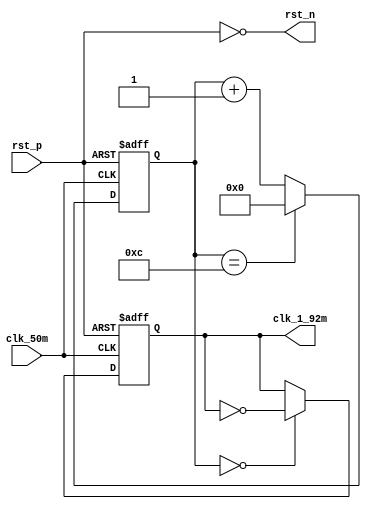
// ************************************************************** 
// COPYRIGHT, Xi'an XDU Radio-frequency IC Co.,Ltd 
// All rights reserved. 
// 
// IP LIB INDEX : IP lib index just sa UTOPIA_B 
// IP Name      : OPTIM
//
// Module name  : CLK_GEN
// Full name    : Clock Generator Unit 
// 
// Email        : 
// Data         : 2013/04/28
// Version      : V1.0 
// 
// Abstract     : 
// Called by    : RFID_TOP
// 
// Modification history 
// ---------------------------------------- 
//
// $Log$ 
// 
// ************************************************************** 

`timescale 1ns/1ns
`define UDLY #0

module CLK_GEN(
                //inputs
                clk_50m,
                rst_p,
                
                //outputs
				clk_1_92m,
				rst_n
				
				);
            
    //inputs
    input           clk_50m;
    input           rst_p;
	 
    //outputs
    output          clk_1_92m;
    output          rst_n;
    
    //regs
    // reg             clk_10m;
    reg             clk_1_92m;
    reg    [7:0]    m1_92_cnt;
    // reg    [2:0]    m10_cnt;
	
	wire            rst_n;
    
	assign rst_n=~rst_p;
	
	
    //********************************************************//
    //clk_1_92m
    
    always @(posedge clk_50m or negedge rst_n)
    begin
       if(!rst_n)
           m1_92_cnt<=`UDLY 8'd0;
       else if(m1_92_cnt==8'd12)
           m1_92_cnt<=`UDLY 8'd0;
       else
           m1_92_cnt<=`UDLY m1_92_cnt+1'b1;
    end
    
    always @(negedge clk_50m or negedge rst_n)
    begin
        if(!rst_n)
            clk_1_92m<=`UDLY 1'b0;
        else if(m1_92_cnt==8'd0)
            clk_1_92m<=`UDLY ~clk_1_92m;
        else
            clk_1_92m<=`UDLY clk_1_92m;
    end
    
  
    //********************************************************//
    //clk_10m
    
     // always @(posedge clk_50m or negedge rst_n)
     // begin
         // if(!rst_n)
             // m10_cnt<=`UDLY 3'd0;
         // else if(m10_cnt==3'd4)
             // m10_cnt<=`UDLY 3'd0;
         // else
             // m10_cnt<=`UDLY m10_cnt+1'b1;
     // end
    
     // always @(negedge clk_50m or negedge rst_n)
     // begin
         // if(!rst_n)
             // clk_10m<=`UDLY 1'b0;
         // else if(m10_cnt==3'd0)
             // clk_10m<=`UDLY 1'b0;
         // else if(m10_cnt==3'd2)
             // clk_10m<=`UDLY 1'b1;
         // else
             // clk_10m<=`UDLY clk_10m;
     // end
    
    
endmodule